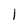
Character: l